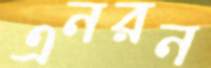
এনরন